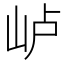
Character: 𰎐